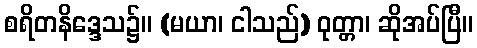
စရိတနိဒ္ဒေသ၌။ (မယာ၊ ငါသည်) ဝုတ္တာ၊ ဆိုအပ်ပြီ။